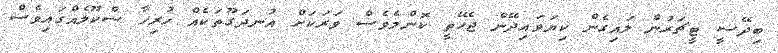
ބިދޭސީ ޓީޗަރުން ލައިގެން ކިޔަވައިދޭން ޖެހޭތީ ކޮންމެވެސް ވަރަކަށް އުނދަގޫތަކެއް ހުރިހާ ސްކޫލެއްގައިވެސް